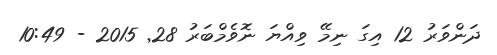
ދަންވަރު 12 އިގަ ނިމޭ ވިއްޔަ ނޮވެމްބަރު 28